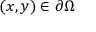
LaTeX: ( x , y ) \in \partial \Omega